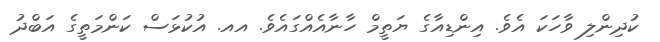
ކުދިންލި ވާހަކަ އެވެ. އިންޑިއާގެ ޔަތީމް ހާނާއެއްގައެވެ. އއ. އުކުޅަސް ކަންމަތީގެ އަބްދު